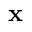
{ \bf x }